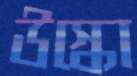
উস্‌কো